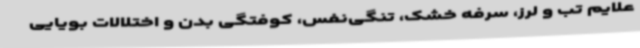
علایم تب‌ و لرز، سرفه خشک، تنگی‌نفس، کوفتگی بدن و اختلالات بویایی